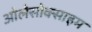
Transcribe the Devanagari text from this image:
ओलेसोक्साइम